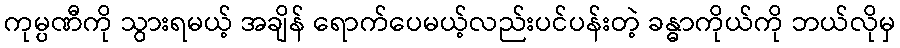
ကုမ္ပဏီကို သွားရမယ့် အချိန် ရောက်ပေမယ့်လည်းပင်ပန်းတဲ့ ခန္ဓာကိုယ်ကို ဘယ်လိုမှ